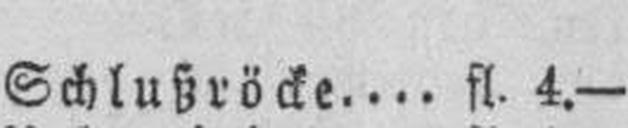
Schlußröcke fl. 4.—